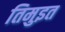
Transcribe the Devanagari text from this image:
तिमुइत